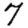
Digit: 7